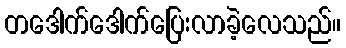
တဒေါက်ဒေါက်ပြေးလာခဲ့လေသည်။